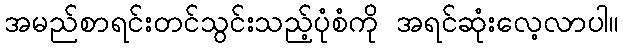
အမည်စာရင်းတင်သွင်းသည့်ပုံစံကို အရင်ဆုံးလေ့လာပါ။